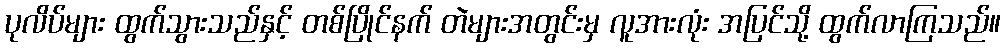
ပုလိပ်များ ထွက်သွားသည်နှင့် တစ်ပြိုင်နက် တဲများအတွင်းမှ လူအားလုံး အပြင်သို့ ထွက်လာကြသည်။